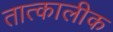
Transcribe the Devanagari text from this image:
तात्‍कालीक